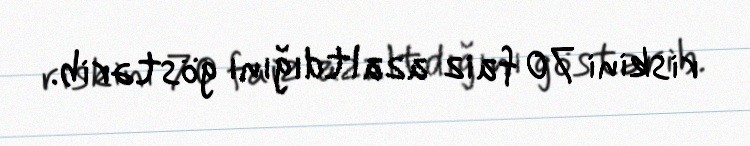
riskini 70 faiz azaltdığını göstərib.